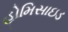
હોમિસાઇડ